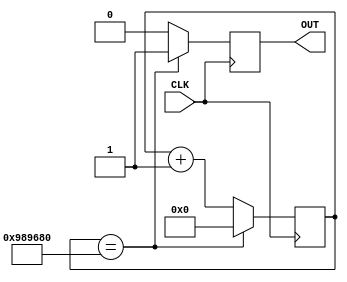
module DivFreq(CLK,OUT);
input CLK;
output reg OUT;
reg [25:0] CONT;
always @ (posedge CLK)
if(CONT==26'd10000000)
	begin
		CONT <= 26'd0;
		OUT<=1;
	end
else
	begin
		CONT<=CONT+1;
		OUT<=0;
	end
endmodule